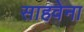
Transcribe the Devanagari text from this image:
साहवेना